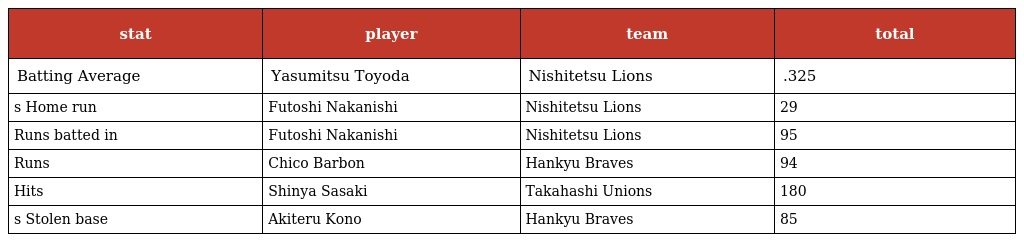
| stat | player | team | total |
 | --- | --- | --- | --- |
 | Batting Average | Yasumitsu Toyoda | Nishitetsu Lions | .325 |
 | s Home run | Futoshi Nakanishi | Nishitetsu Lions | 29 |
 | Runs batted in | Futoshi Nakanishi | Nishitetsu Lions | 95 |
 | Runs | Chico Barbon | Hankyu Braves | 94 |
 | Hits | Shinya Sasaki | Takahashi Unions | 180 |
 | s Stolen base | Akiteru Kono | Hankyu Braves | 85 |